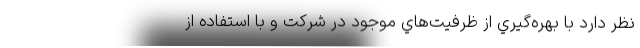
نظر دارد با بهره‌گيري از ظرفيت‌هاي موجود در شركت و با استفاده از